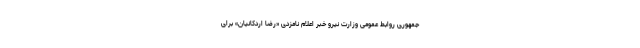
جمهوری روابط عمومی وزارت نیرو خبر اعلام نامزدی «رضا اردکانیان» برای